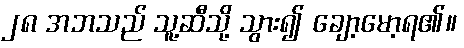
၂၈ အဘသည် သူ့ဆီသို့ သွား၍ ချော့မော့ရ၏။